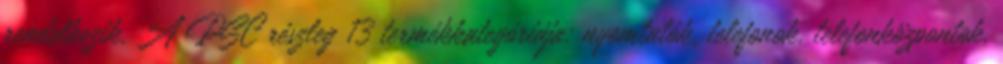
rendelkezik. A PSC részleg 13 termékkategóriája: nyomtatók, telefonok, telefonközpontok,